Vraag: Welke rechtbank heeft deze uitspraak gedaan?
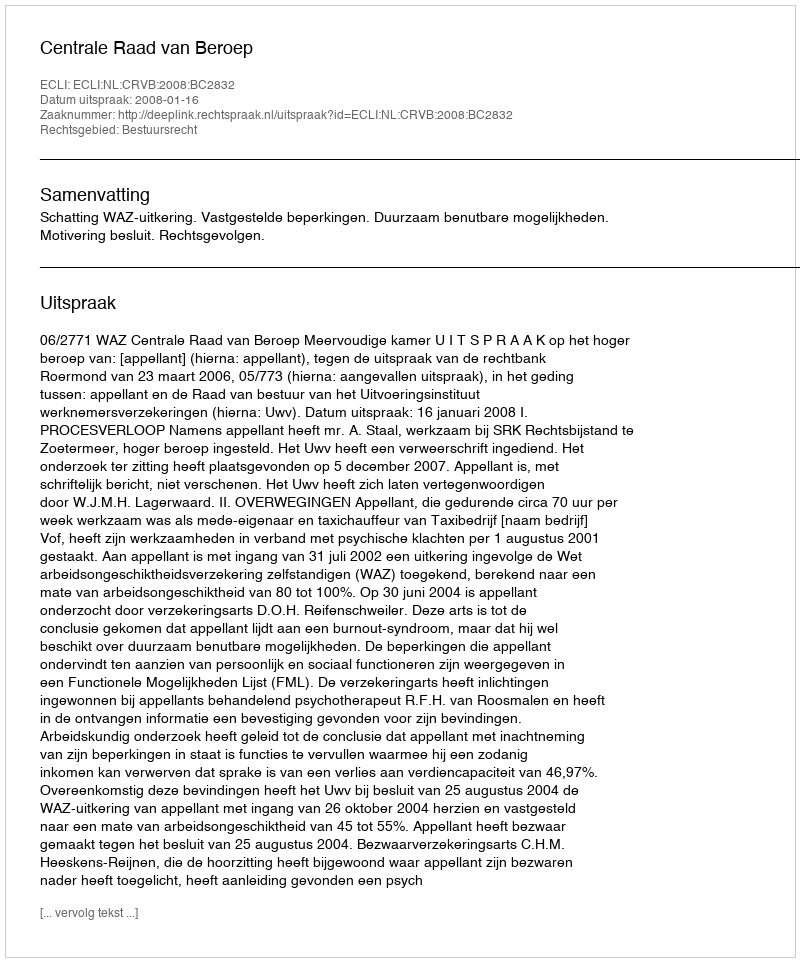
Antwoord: Centrale Raad van Beroep